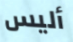
أليس